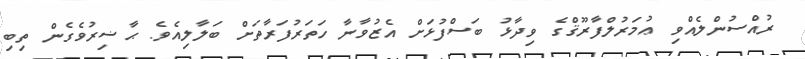
ރުއްސުންލެއްވި ޢުމަރުލްފާރޫޤްގެ ވިދާޅު ބަސްފުޅަށް އެޒުވާނާ ހަތަރުފަރާތަށް ބަލާލިއެވެ. ޙާޟިރުވެގެން ތިބި